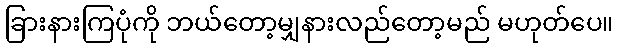
ခြားနားကြပုံကို ဘယ်တော့မျှနားလည်တော့မည် မဟုတ်ပေ။